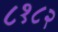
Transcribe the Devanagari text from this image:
८१८२